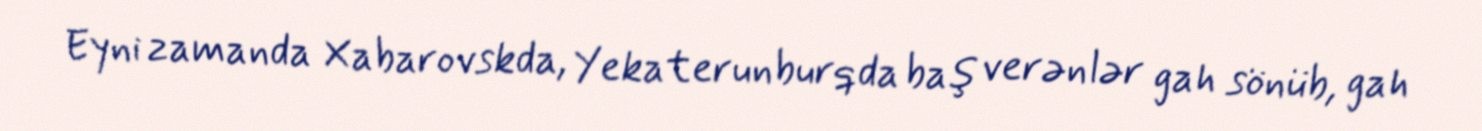
Eyni zamanda Xabarovskda, Yekaterunburqda baş verənlər gah sönüb, gah